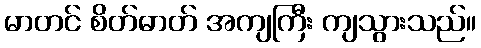
မာတင် စိတ်ဓာတ် အကျကြီး ကျသွားသည်။